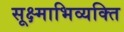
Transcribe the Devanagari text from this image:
सूक्ष्माभिव्यक्ति